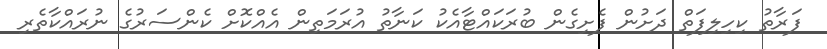
ފަރާތު ކިހިލިފަތް ދަށުން ފެށިގެން ބުރަކައްޓާއެކު ކަނާތު އުރަމަތިން އެއްކޮށް ކެންސަރުގެ ނުރައްކާތެރި